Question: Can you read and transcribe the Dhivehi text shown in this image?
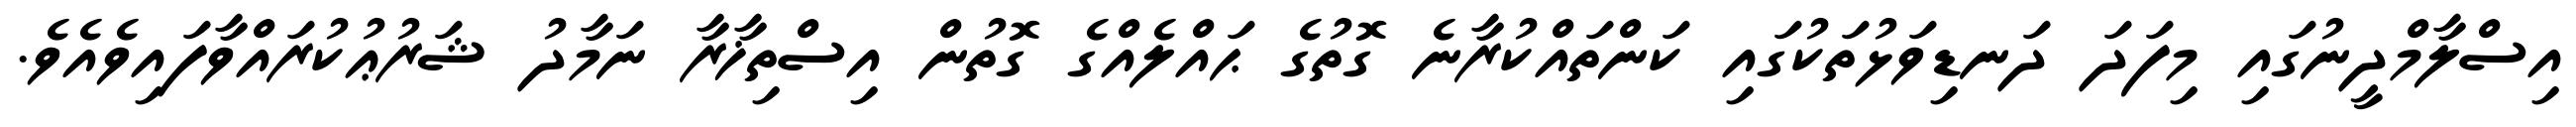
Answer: އިސްލާމްދީނުގައި މިފަދަ ދަނޑިވަޅުތަކުގައި ކަންތައްކުރާނެ ގޮތުގެ ޙައްލެއްގެ ގޮތުން އިސްތިޚާރާ ނަމާދު ޝަރުޢުކުރައްވާފައިވެއެވެ.